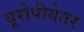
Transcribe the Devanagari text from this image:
यूरोपीयेतर